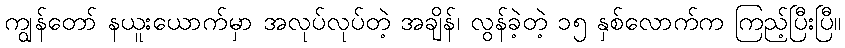
ကျွန်တော် နယူးယောက်မှာ အလုပ်လုပ်တဲ့ အချိန်၊ လွန်ခဲ့တဲ့ ၁၅ နှစ်လောက်က ကြည့်ပြီးပြီ။